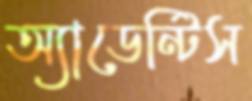
অ্যাডেন্টিস